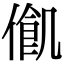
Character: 𠍃